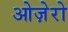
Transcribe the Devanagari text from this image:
ओज़ेरो